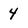
Character: 4